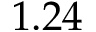
1 . 2 4